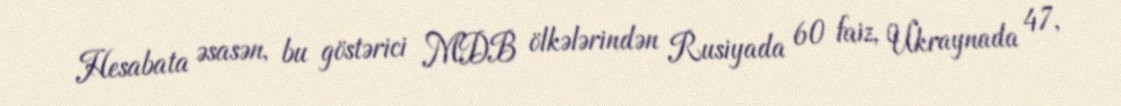
Hesabata əsasən, bu göstərici MDB ölkələrindən Rusiyada 60 faiz, Ukraynada 47,